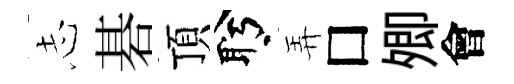
𢖽碁頂盻弄□𡖖會